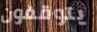
يتوقفون